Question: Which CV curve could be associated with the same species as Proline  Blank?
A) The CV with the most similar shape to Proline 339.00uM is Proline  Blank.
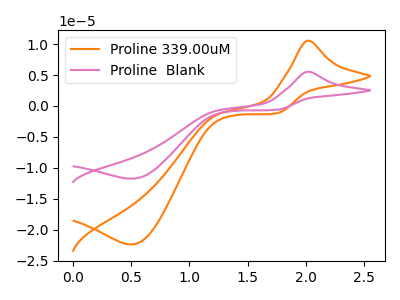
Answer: <think>The orange curve "Proline 339.00uM" has an anodic peak at (2.00V, 10.55uA) and a cathodic peak at (0.50V, -22.40uA). The pink curve "Proline  Blank" has an anodic peak at (2.00V, 5.55uA) and a cathodic peak at (0.50V, -11.75uA).
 All the peaks in "Proline 339.00uM" have a peak in "Proline  Blank" at the same potential. Every peak in "Proline 339.00uM" is higher than every peak in "Proline  Blank".</think>
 <answer>A) The CV with the most similar shape to "Proline 339.00uM" is "Proline  Blank".</answer>
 <eval>A</eval>